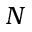
N